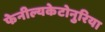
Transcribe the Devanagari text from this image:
फेनील्यकेटोनुरिया